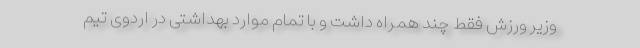
وزیر ورزش فقط چند همراه داشت و با تمام موارد بهداشتی در اردوی تیم